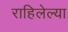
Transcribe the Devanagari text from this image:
राहिलेल्‍या